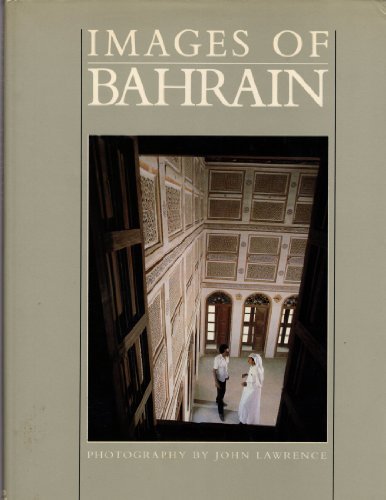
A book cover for Images of Bahrain; Middle East Economic Digest; History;